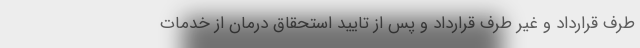
طرف قرارداد و غیر طرف قرارداد و پس از تایید استحقاق درمان از خدمات